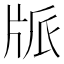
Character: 𤖼